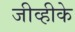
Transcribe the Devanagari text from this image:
जीव्हीके